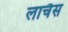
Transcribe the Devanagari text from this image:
लाचैस